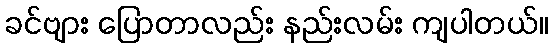
ခင်ဗျား ပြောတာလည်း နည်းလမ်း ကျပါတယ်။